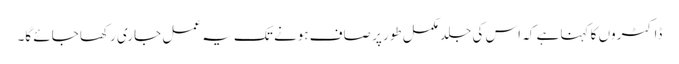
ڈاکٹروں کا کہنا ہے کہ اس کی جلد مکمل طور پر صاف ہونے تک یہ عمل جاری رکھا جائے گا۔